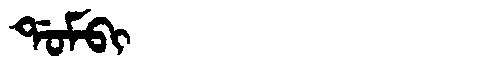
Manchu: ᡩᠣᠮᠪᡳ
Romanization: DOMBI